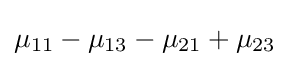
\mu _{11}-\mu _{13}-\mu _{21}+\mu _{23}